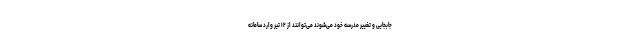
جابجایی و تغییر مدرسه خود می‌شوند می‌توانند از ۱۲ تیر وارد سامانه